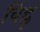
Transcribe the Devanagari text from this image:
चिह्न्